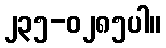
၂၃၅-၀၂၈၅ပါ။